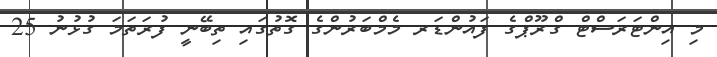
މި އިންޓަރަސްޓް ގްރޫޕްގެ ފައުންޑަރ މެމްބަރުންގެ ގޮތުގައި ތިބޭނީ ފުރަތަމަ ގުޅުނު 25